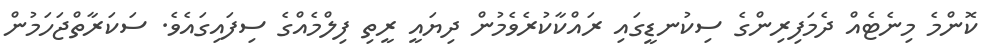
ކޮންމެ މިނެޓެއް ދެމަފިރިންގެ ސިކުނޑީގައި ރައްކާކުރެވެމުން ދިޔައީ ރީތި ފިލްމެއްގެ ސިފައިގައެވެ. ސަކަރާތްޖަހަމުން